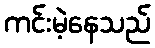
ကင်းမဲ့နေသည်